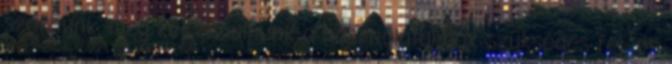
szoknunk, meg kell tanulnunk a használatukhoz szükséges fej- és